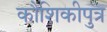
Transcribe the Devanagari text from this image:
कौशिकीपुत्र